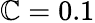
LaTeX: \mathbb{C}=0.1